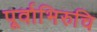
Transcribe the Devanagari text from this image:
पूर्वाभिरुचि